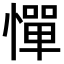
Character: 憚